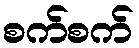
စက်စက်